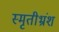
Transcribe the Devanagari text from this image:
स्मृतीभ्रंश